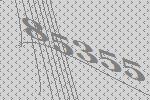
85355